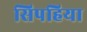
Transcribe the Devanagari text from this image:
सिपहिया